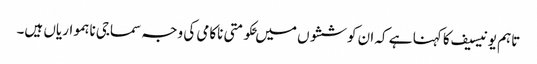
تاہم یونیسیف کا کہنا ہے کہ ان کوششوں میں ‍حکومتی ناکامی کی وجہ سماجی ناہمواریاں ہیں۔